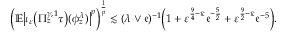
\Bigl ( \mathbb { E } \bigl | \iota _ { \varepsilon } \bigl ( \Pi _ { z } ^ { \gamma , 1 } \tau \bigr ) ( \phi _ { z } ^ { \lambda } ) \bigr | ^ { p } \Bigr ) ^ { \frac { 1 } { p } } \lesssim ( \lambda \vee \mathfrak { e } ) ^ { - 1 } \Bigl ( 1 + \varepsilon ^ { \frac 9 4 - \bar { \kappa } } \mathfrak { e } ^ { - \frac 5 2 } + \varepsilon ^ { \frac 9 2 - \bar { \kappa } } \mathfrak { e } ^ { - 5 } \Bigr ) .